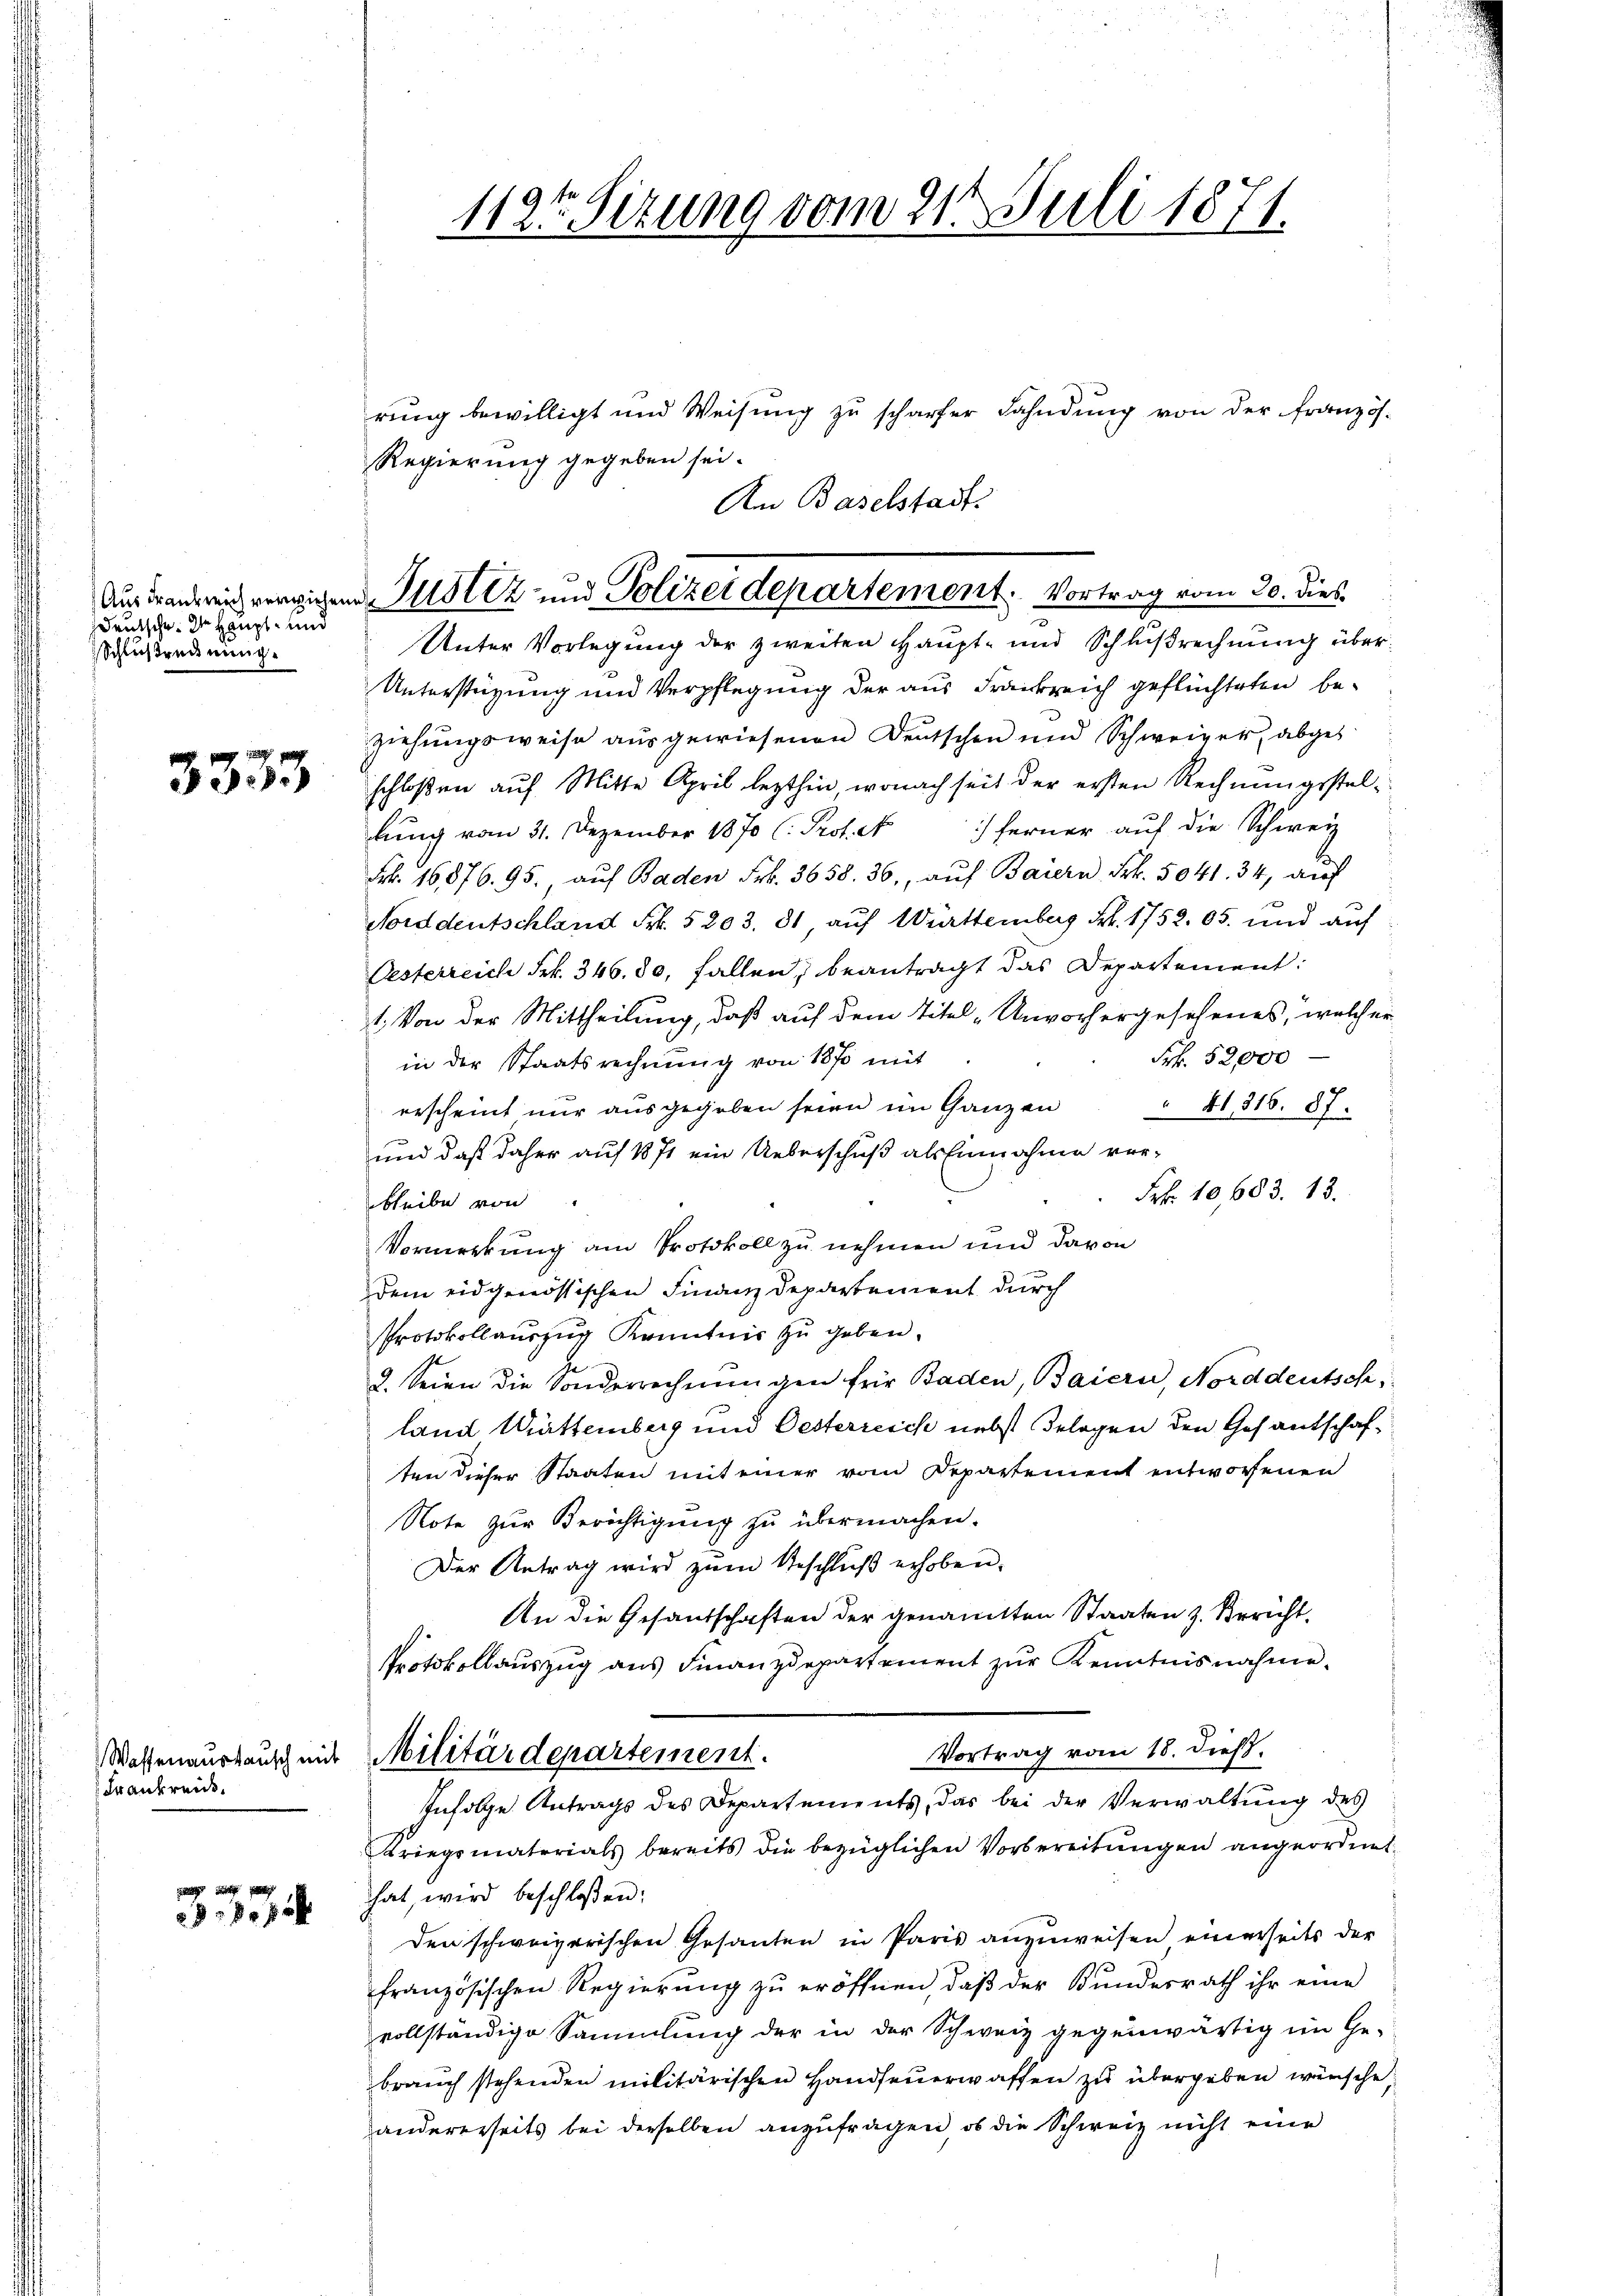
Aus Frankreich verziehen.
Deutsche der Haupt- und
Schlußreck einig.

3333

Frankreide

0 x

112te Sizung vom 21. Juli 1871.

d. Justiz- und Polizeidepartement. Vortrag vom 30. dies
e

rung bewilligt und Weisung zu scharfer Fahndung von der Französ¬
Regierung gegeben sei.
An Baselstadt
Unter Vorlegung der zweiten Haupt- und Schlußrechnung über¬
Unterstüzung und Verpflegung der aus Frankreich geflüchteten beziehungsweise ausgewiesenen Deutschen und Schweiger, abges
schloßen auf Mitte April lezthin, wonach seit der ersten Rechnungsstellŭng vom 31. Dezember 1870 (: Prote ferner aŭf die Schweiz
Frk. 16,876. 95, aŭf Baden Frk. 3658. 36. aŭf Baiern Frk. 5041. 34, auf
Norddeutschland Frk. 5203. 81 auf Württemberg Frk. 1752. 65. und auf
Oesterreich Frk. 346. 80, fallen, beantragt das Departement:
t. Von der Mittheilung, daß auf dem Titel „Unvorhergesehenes, welcher
Frk. 52,000
in der Staatsrechnung von 1870 mit
erscheint nur ausgegeben seien im Ganzen " 41, 316. 87.
und daß daher auf 1871 ein Ueberschuß als Einnahme vor¬
Frk. 10,683. 13.
bleibe von
Vormerkung am Protokoll zu nehmen und davon
dem eidgenössischen Finanzdepartement durch
Protokollauszug Kenntnis zŭ geben.
2. Seien die Sonderrechnŭngen für Baden, Baiern, Norddeutsch
land Muttemberg und Oesterreich nebst Belegen den Gesantschaften dieser Staaten mit einer vom Departement entworfenen
Note zur Berichtigung zu übermachen.
Der Antrag wird zum Geschluß erhoben.
An die Gesandschaften der genannten Staaten z. Bericht.
Protokollauszug aus Finanzdepartement zur Kenntnisnahme.
Vortrag vom 18. dieß.
Wassenaustausch mit Militärdepartement.
Infolge Antrags des Departements, das bei der Verwaltung des
Kriegsmaterials bereits die bezüglichen Vorbereitŭngen angeordnet.
hat, wird beschloßen:
den schweizerischen Gesanten in Paris anzuweisen einerseits der
französischen Regierŭng zŭ eröffnen, daβ der Bundesrath ihr eine
vollständige Sammlung der in der Schweiz gegenwärtig im Ge-
brauch stehenden militärischen Handfeuerwaffen zu übergeben wünsche,
andererseits bei derselben anzufragen, ob die Schweiz nicht eine